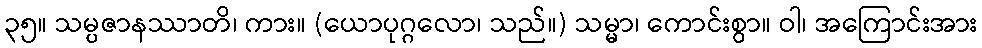
၃၅။ သမ္ပဇာနဿာတိ၊ ကား။ (ယောပုဂ္ဂလော၊ သည်။) သမ္မာ၊ ကောင်းစွာ။ ဝါ၊ အကြောင်းအား